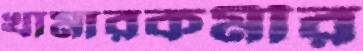
খামারকর্মীর